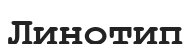
Линотип